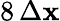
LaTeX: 8\, \Delta\mathbf{x}